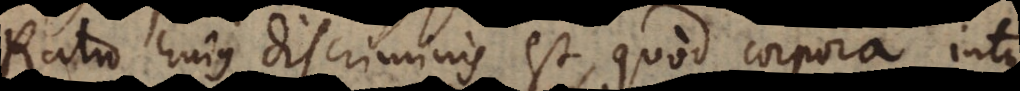
Ratio hujus discriminis est, quod corpora intus